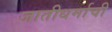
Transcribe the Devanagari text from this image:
जातीधर्माची